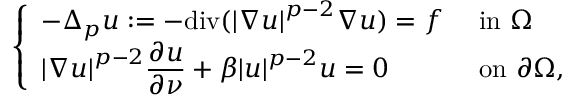
\left\{ \begin{array} { l l } { - \Delta _ { p } u : = - \mathrm { d i v } ( { \left| \nabla u \right| } ^ { p - 2 } \nabla u ) = f } & { \mathrm { ~ i n ~ } \Omega } \\ { { \left| \nabla u \right| } ^ { p - 2 } \displaystyle { \frac { \partial u } { \partial \nu } } + \beta { \left| u \right| } ^ { p - 2 } u = 0 } & { \mathrm { ~ o n ~ } \partial \Omega , } \end{array} \right.